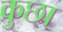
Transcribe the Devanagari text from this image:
कुछा